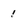
Character: 1